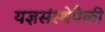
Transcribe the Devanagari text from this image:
यज्ञसंस्थेपैकी